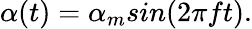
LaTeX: \alpha(t)=\alpha_{m}sin(2\pi ft).